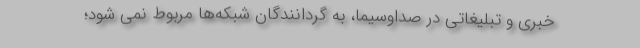
خبری و تبلیغاتی در صداوسیما، به گردانندگان شبکه‌ها مربوط نمی شود؛